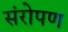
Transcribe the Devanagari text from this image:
संरोपण